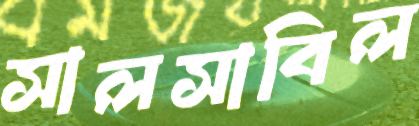
সালসাবিল